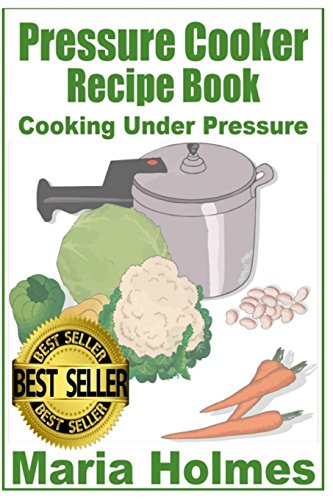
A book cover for Pressure Cooker Recipe Book: Fast Cooking Under Extreme Pressure; Maria Holmes; Cookbooks, Food & Wine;